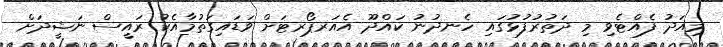
މިއަދު ފެއްޓެވި މި ދަތުރުފުޅުގައި ހެނދުނު ކައްދޫ އެއަރޕޯރޓަށް ވަޑައިގަތުމާއެކު ރައީސް ނަޝީދަށް